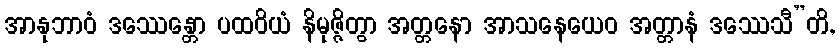
အာနုဘာဝံ ဒဿေန္တော ပထဝိယံ နိမုဇ္ဇိတွာ အတ္တနော အာသနေယေဝ အတ္တာနံ ဒဿေသီ”တိ,